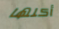
أكلها